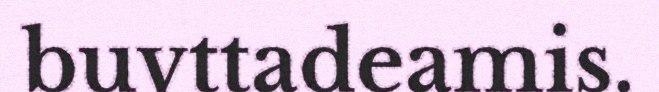
buvttadeamis.